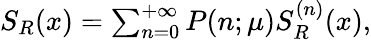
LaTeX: \begin{array}{r}{S_{R}(x)=\sum_{n=0}^{+\infty}P(n;\mu)S_{R}^{(n)}(x),}\end{array}